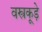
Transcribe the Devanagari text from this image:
वस्त्रकूड़े